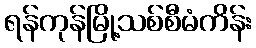
ရန်ကုန်မြို့သစ်စီမံကိန်း